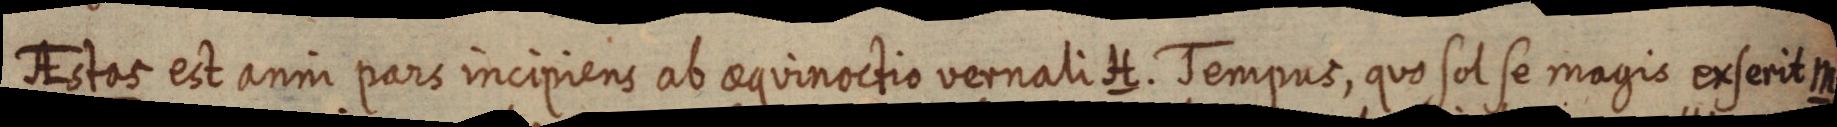
AEstas est anni pars incipiens ab aequinoctio vernali H. Tempus, quo sol se magis exserit M